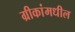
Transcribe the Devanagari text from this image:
ग्रीकांमधील